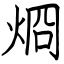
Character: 烱